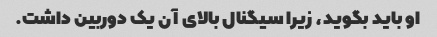
او باید بگوید، زیرا سیگنال بالای آن یک دوربین داشت.